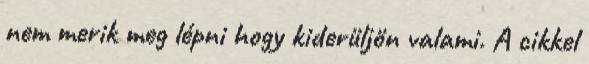
nem merik meg lépni hogy kiderüljön valami. A cikkel